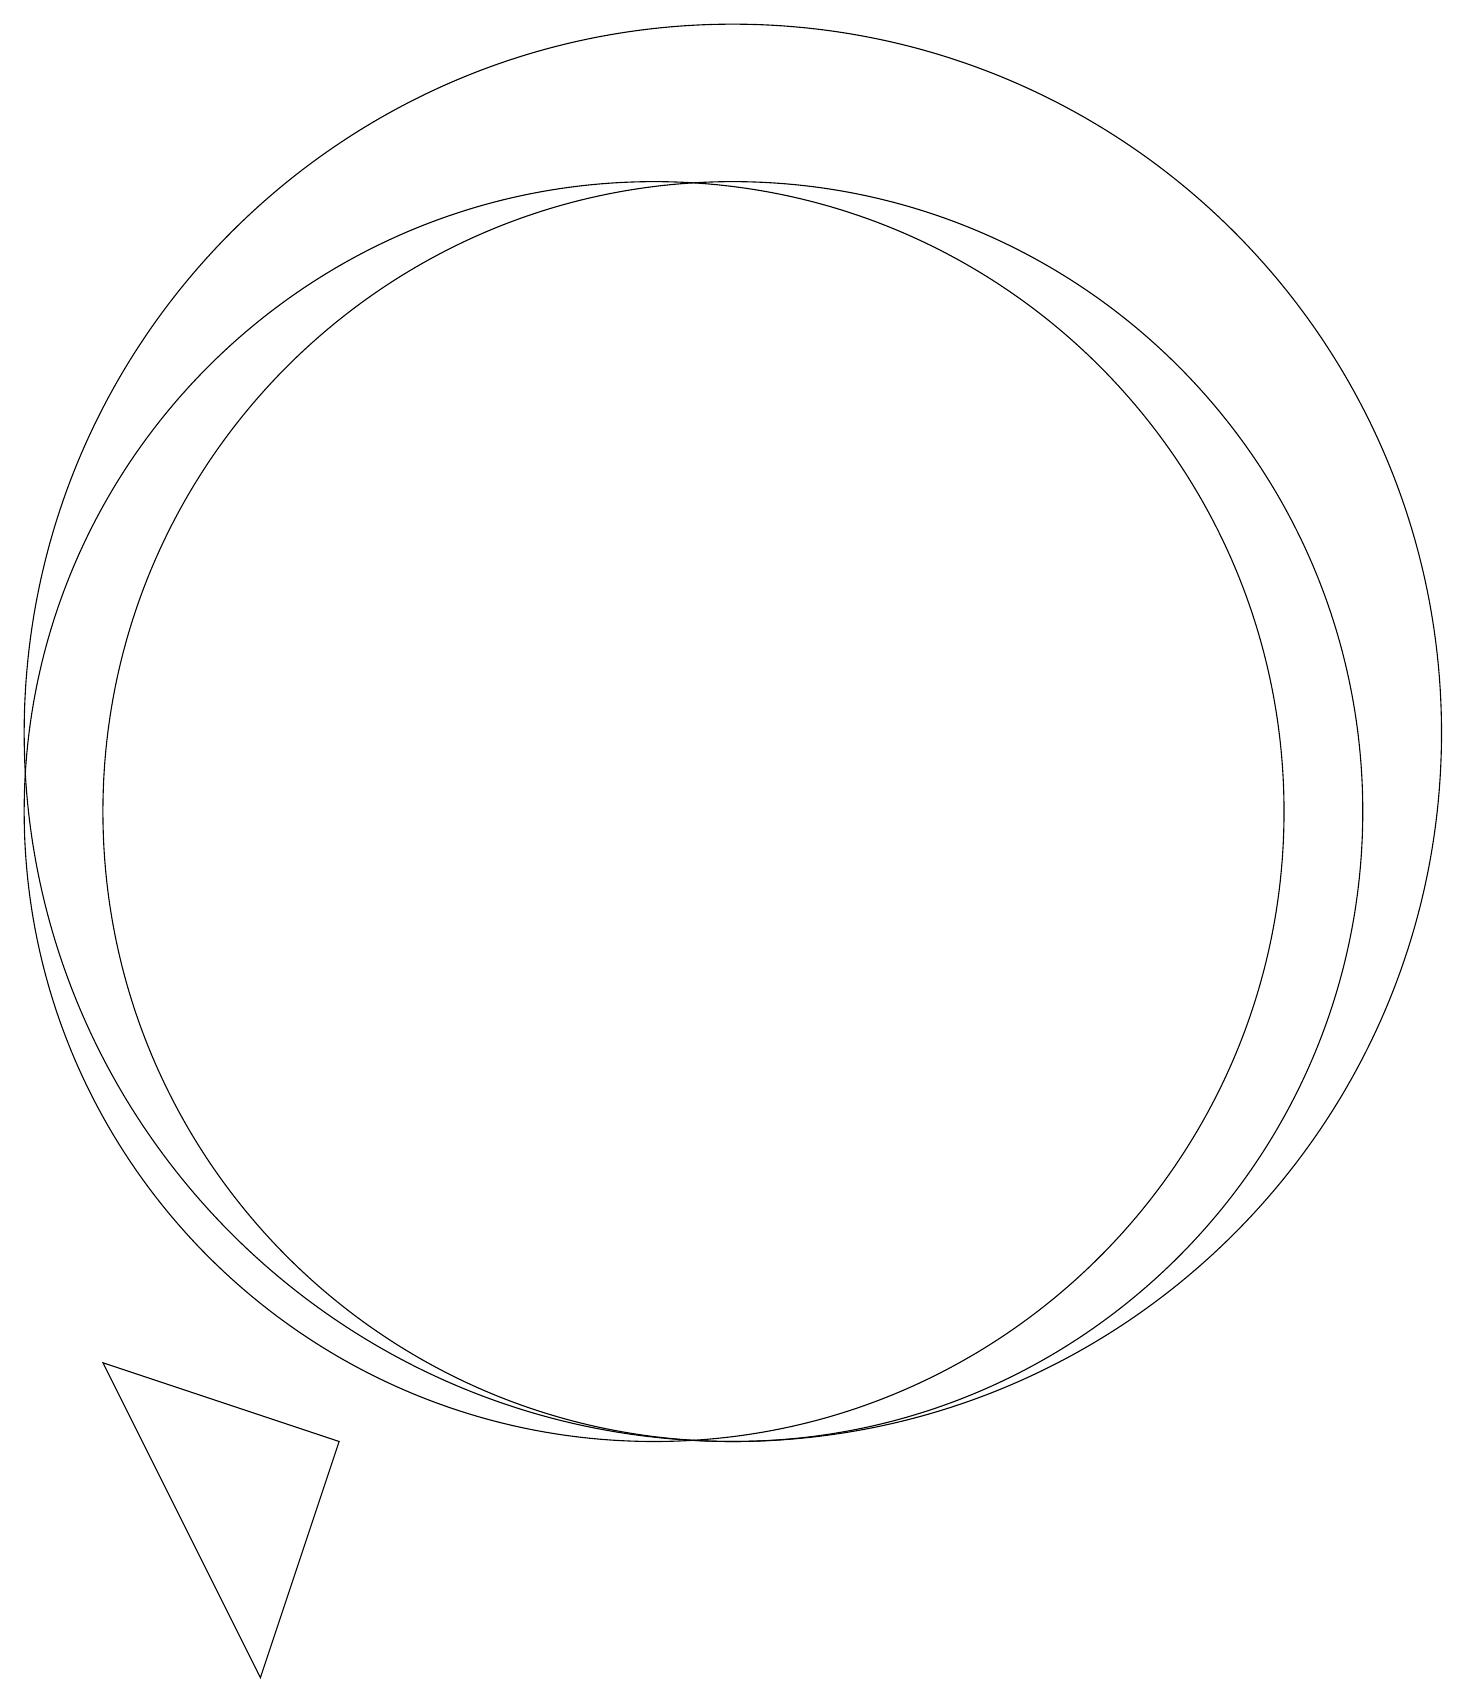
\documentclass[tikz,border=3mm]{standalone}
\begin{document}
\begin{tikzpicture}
\draw (10,11) circle (8);
\draw (6,3) -- (5,0) -- (3,4) -- cycle;
\draw (11,11) circle (8);
\draw (11,12) circle (9);
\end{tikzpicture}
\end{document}